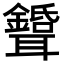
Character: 𦘉